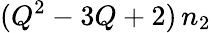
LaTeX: (Q^{2}-3Q+2)\, n_{2}